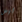
ليس